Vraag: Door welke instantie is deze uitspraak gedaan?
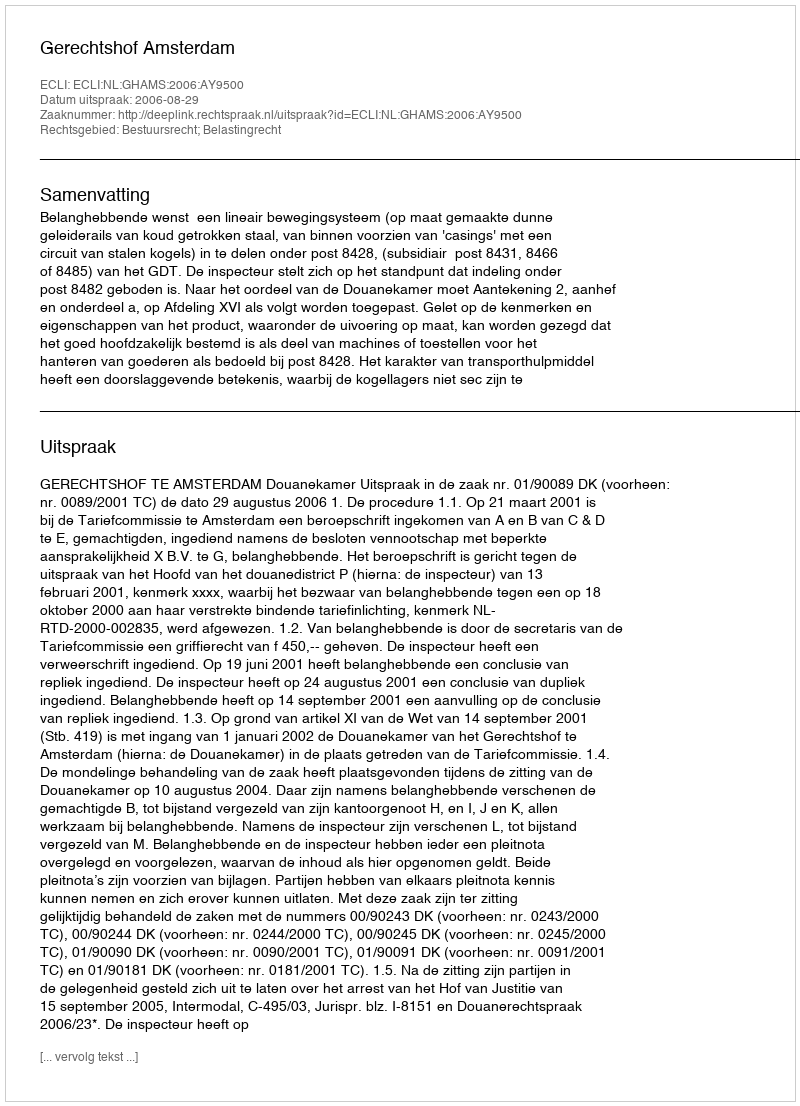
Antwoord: Gerechtshof Amsterdam